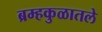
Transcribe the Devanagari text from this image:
ब्रम्हकुळातले